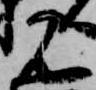
名